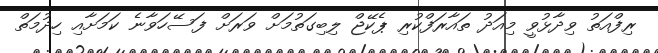
ރިފްއަތު ވިދާޅުވީ މިއަދު ތައާރަފްކުރި ޕެކޭޖް ލިބިގަތުމަށް ވަރަށް ފަސޭހަވާނެ ކަމަށާއި ހިދުމަތް